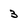
Character: 3